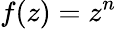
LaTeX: f(z)=z^{n}